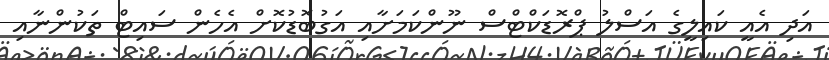
އަދި އެއީ ކައިލީގެ އަސްލު ޕްރޮޑަކްޓްސް ނޫންކަމަށާއި އަގުބޮޑުކޮށް އެެހެން ސައިޓް ތަކުންނާއި